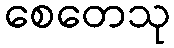
စေတေသု